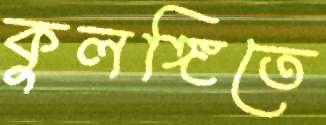
কুলঙ্গিতে